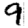
Digit: 9